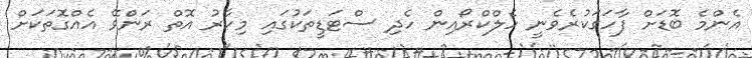
އެންމެ ބޮޑަށް ފާހަގަކުރެވެނީ ހެލްކްރޯއިން ހެދި ސްޓަޑީތަކުގައި މިހާރު އޮތް ރަންވޭ އެއްގޮތަކަށް